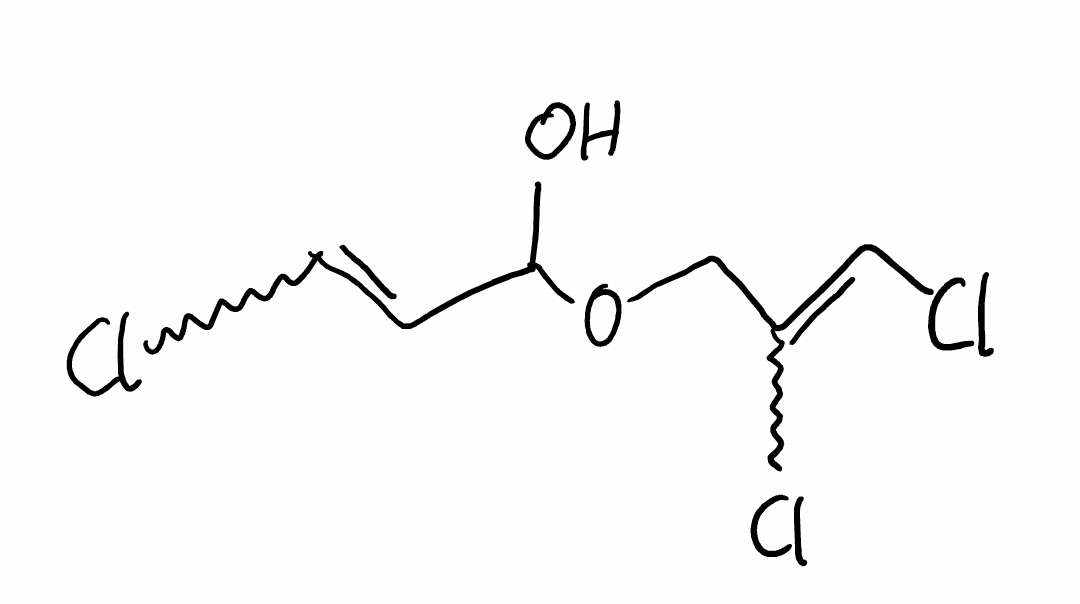
Simplified molecular-input line-entry system (SMILES) notation of the given molecule:
C(C(=CCl)Cl)OC(C=CCl)O